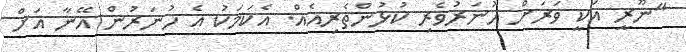
"ނޫރީ އަކީ ވަރަށް ހުނަރުވެރި ކުޅުންތެރިއެއް. އެކަމަކު އެ ހުނަރުން އޭނާ އަށް